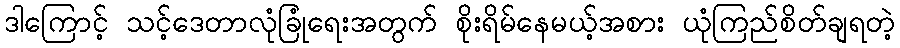
ဒါကြောင့် သင့်ဒေတာလုံခြုံရေးအတွက် စိုးရိမ်နေမယ့်အစား ယုံကြည်စိတ်ချရတဲ့